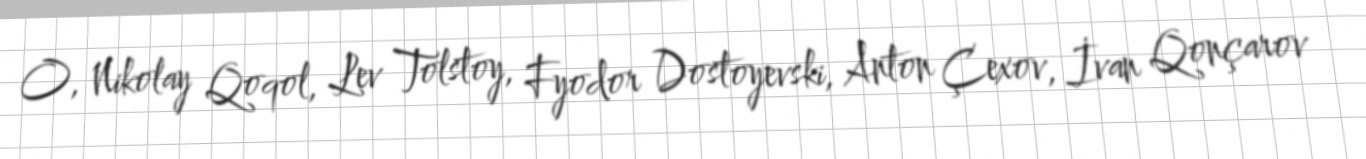
O, Nikolay Qoqol, Lev Tolstoy, Fyodor Dostoyevski, Anton Çexov, İvan Qonçarov